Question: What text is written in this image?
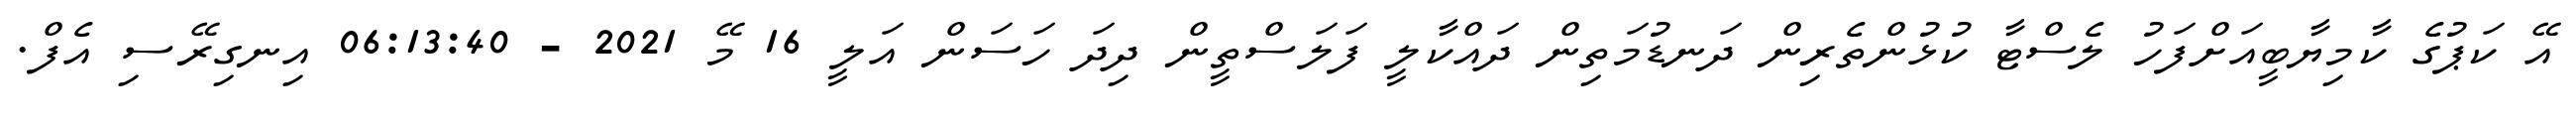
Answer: އޭ ކަޕުގެ ކާމިޔާބީއަށްފަހު ލެސްޓާ ކުޅުންތެރިން ދަނޑުމަތިން ދައްކާލީ ފަލަސްތީން ދިދަ ހަސަން އަލީ 16 މޭ 2021 - 06:13:40 އިނގިރޭސި އެފް.